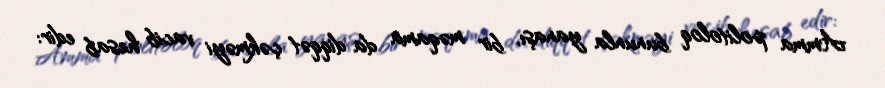
Amma politoloq bununla yanaşı, bir məqama da diqqət çəkməyi vacib hesab edir: